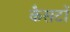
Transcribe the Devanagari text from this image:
कैसटों